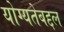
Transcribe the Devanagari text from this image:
योग्यतेबद्दल